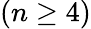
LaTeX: (n\geq 4)